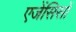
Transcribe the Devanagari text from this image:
एजेंसिसों